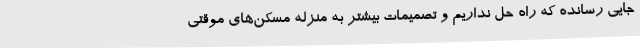
جایی رسانده که راه حل نداریم و تصمیمات بیشتر به منزله مسکن‌های موقتی